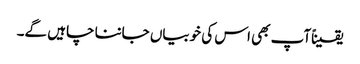
یقیناًآپ بھی اس کی خوبیاں جاننا چاہیں گے۔